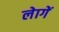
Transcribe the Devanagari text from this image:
लेागें